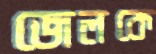
জেলকে